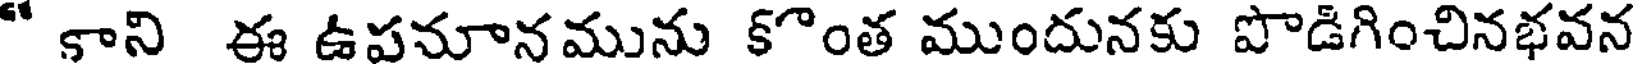
" కాని ఈ ఉపమానమును కొంత ముందునకు పొడిగించినభవన